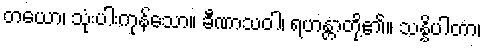
တယော၊ သုံးပါးကုန်သော။ ခီဏာသဝါ၊ ရဟန္တာတို့၏။ သန္နိပါတာ၊